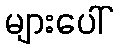
များပေါ်